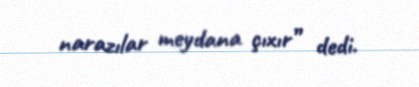
narazılar meydana çıxır” dedi.